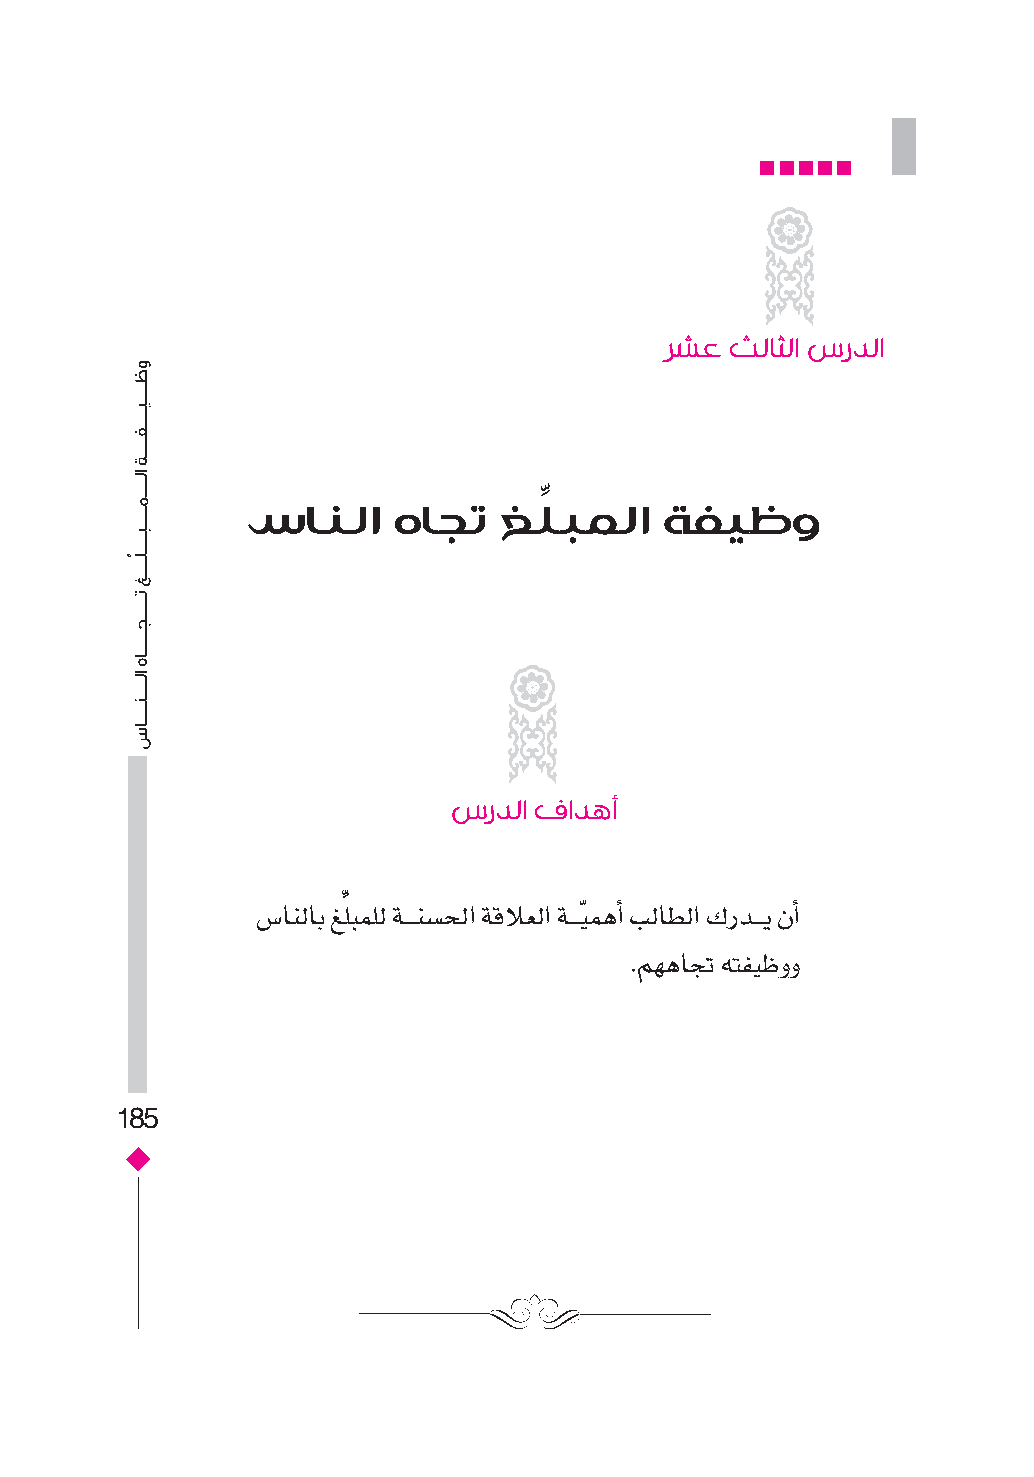
رشع ثلاثلا سردلا
 ِّ
 سانلا     هاجت   غلبملا     ةفيظو
 سردلا فادهأ
 ِّ
 ص�انلاب غلبملل ةـــنس�حل� ةقلاعل� ةـــيّ مهأ� بلاطل� كردـــي نأ�
 .مههاجت هتفيظوو
 185
 ����������������������
 �������������������������������
 ��������������������
 ����������������